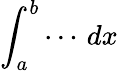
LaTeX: \int_{a}^{b}\cdots\, dx